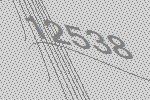
12538